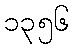
၁၃၅၆